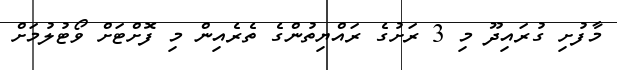
މާފުށި ގުރައިދޫ މި 3 ރަށުގެ ރައްޔިތުންގެ ތެރެއިން މި ފޮށްޓަށް ވޯޓުލުމަށް